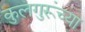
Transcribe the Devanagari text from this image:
कुलगुरूंच्या